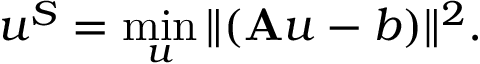
\boldsymbol { u } ^ { S } = \operatorname* { m i n } _ { \boldsymbol { u } } \| ( \mathbf { A } \boldsymbol { u } - \boldsymbol { b } ) \| ^ { 2 } .